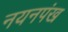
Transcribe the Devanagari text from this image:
नयनपंख